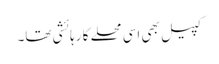
کپیل بھی اسی محلے کا رہائشی تھا۔